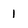
Character: 1